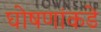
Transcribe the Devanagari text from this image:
घोषणांकडे